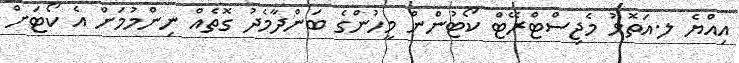
އިއްޔެ ލ.އަތޮޅު މެޖިސްޓްރޭޓް ކޯޓުންން މީހުންގެ ބަންދާމެދު ގޮތެއް ނިންމުމަށް އެ ކޯޓަށް